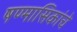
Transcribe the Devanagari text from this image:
षण्मासिकांचे